Annual report of the Punjab Veterinary College and of the Civil Veterinary Department, Punjab - 1894-1908
Year: 1894
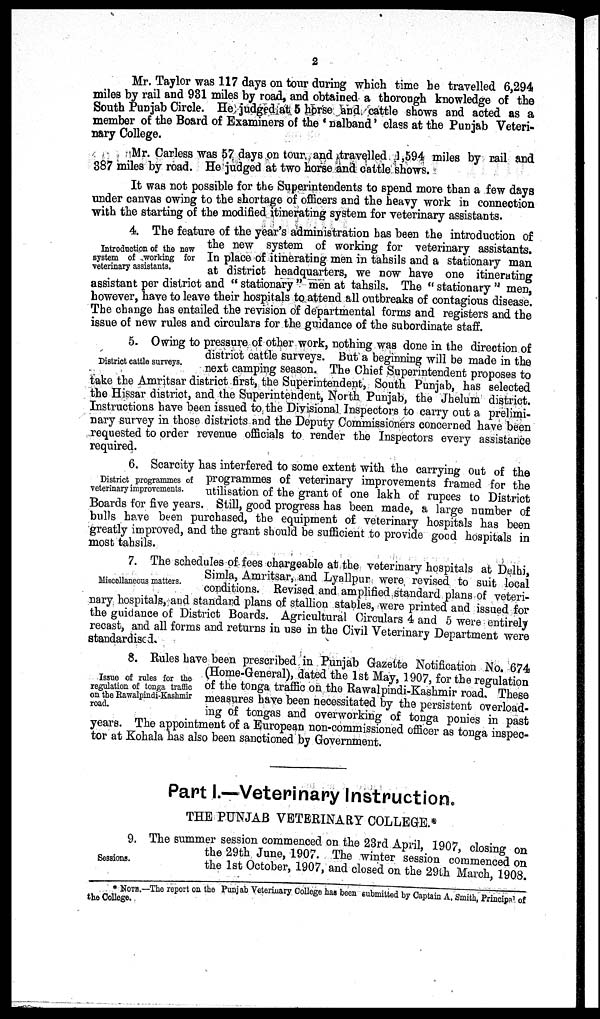
2
Mr. Taylor was 117 days on tour during which time he travelled 6,294
miles by rail and 931 miles by road, and obtained a thorough knowledge of the
South Punjab Circle. He judged at 5 horse and cattle shows and acted as a
member of the Board of Examiners of the 'nalband' class at the Punjab Veteri-
nary College.
Mr. Carless was 57 days on tour, and travelled 1,594 miles by rail and
387 miles by road. He judged at two horse and cattle shows.
It was not possible for the Superintendents to spend more than a few days
under canvas owing to the shortage of officers and the heavy work in connection
with the starting of the modified itinerating system for veterinary assistants.
Introduction of the new
system of working for
veterinary assistants.
4. The feature of the year's administration has been the introduction of
the new system of working for veterinary assistants.
In place of itinerating men in tahsils and a stationary man
at district headquarters, we now have one itinerating
assistant per district and "stationary" men at tahsils. The "stationary" men,
however, have to leave their hospitals to attend all outbreaks of contagious disease.
The change has entailed the revision of departmental forms and registers and the
issue of new rules and circulars for the guidance of the subordinate staff.
District cattle surveys.
5. Owing to pressure of other work, nothing was done in the direction of
district cattle surveys. But a beginning will be made in the
next
camping season. The Chief Superintendent proposes to
take the Amritsar district first, the Superintendent, South Punjab, has selected
the Hissar district, and the Superintendent, North Punjab, the Jhelum district
Instructions have been issued to the Divisional Inspectors to carry out a prelimi-
nary survey in those districts and the Deputy Commissioners concerned have been
requested to order revenue officials to render the Inspectors every assistance
District programmes of
veterinary improvements.
6. Scarcity has interfered to some extent with the carrying out of the
programmes of veterinary improvements framed for the
utilisation of the grant of one lakh of rupees to District
Boards for five years. Still good progress has been made, a large number of
bulls have been purchased, the equipment of veterinary hospitals has been
greatly improved, and the grant should be sufficient to provide good hospitals in
most tahsils.
Miscellaneous matters.
7. The schedules of fees chargeable at the veterinary hospitals at Delhi
Simla, Amritsar, and Lyallpur were revised to suit local
conditions.
Revised
and amplified standard plans of veteri-
nary hospitals, and standard plans of stallion stables were printed and issued for
the guidance of District Boards. Agricultural Circulars 4 and 5 were entirely
recast, and all forms and returns in use in the Civil Veterinary Department were
standardised.
Issue of rules for the
regulation of tonga traffic
on the Rawalpindi-Kashmir
road.
8. Rules have been prescribed in Punjab Gazette Notification No. 674
(Home-General), dated the 1st May, 1907, for the regulation
of the tonga traffic on the Rawalpindi-Kashmir road. These
measures have been necessitated by the persistent overload-
ing of tongas and overworking of tonga ponies in past
years. The appointment of a European non-commissioned officer as tonga inspec-
tor at Kohala has also been sanctioned by Government.
Part I.—Veterinary Instruction.
THE PUNJAB VETERINARY COLLEGE.*
Sessions.
9. The summer session commenced on the 23rd April, 1907, closing on
the 29th June, 1907. The winter session commenced on
the 1st October, 1907, and closed on the March, 1908.
* NOTE.— The report on the Punjab Veterinary College has been submitted by Captain A, smith, Pri
the college.